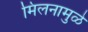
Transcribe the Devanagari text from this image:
मिलनामुळे